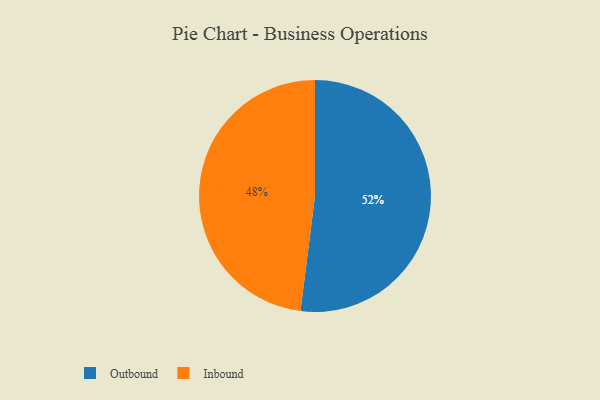
{"axis": {"x": "Category", "y": "Percentage"}, "legend": ["Inbound", "Outbound"], "data": [{"x": "Outbound", "y": 52, "type": "Outbound"}, {"x": "Inbound", "y": 48, "type": "Inbound"}]}